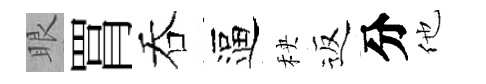
眼罥吞逼秧返分他